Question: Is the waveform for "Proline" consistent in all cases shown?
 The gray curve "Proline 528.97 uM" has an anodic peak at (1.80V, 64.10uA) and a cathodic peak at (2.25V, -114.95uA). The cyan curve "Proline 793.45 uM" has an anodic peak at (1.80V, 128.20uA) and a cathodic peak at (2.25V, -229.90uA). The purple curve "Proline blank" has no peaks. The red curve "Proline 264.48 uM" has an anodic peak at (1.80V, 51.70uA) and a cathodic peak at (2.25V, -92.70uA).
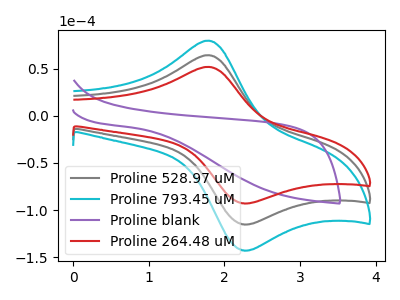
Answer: <think>All the peaks in "Proline 528.97 uM" have a peak in "Proline 793.45 uM" at the same potential. Every peak in "Proline 528.97 uM" is lower than every peak in "Proline 793.45 uM". "Proline 528.97 uM" and "Proline blank" have a different number of peaks. All the peaks in "Proline 528.97 uM" have a peak in "Proline 264.48 uM" at the same potential. Every peak in "Proline 528.97 uM" is higher than every peak in "Proline 264.48 uM". "Proline 793.45 uM" and "Proline blank" have a different number of peaks. All the peaks in "Proline 793.45 uM" have a peak in "Proline 264.48 uM" at the same potential. Every peak in "Proline 793.45 uM" is higher than every peak in "Proline 264.48 uM". "Proline blank" and "Proline 264.48 uM" have a different number of peaks.
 </think>
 <answer>All the CV's of "Proline" have similar shape.</answer>
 <eval>follow_rule</eval>